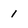
Character: 1